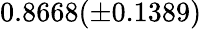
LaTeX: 0.8668(\pm 0.1389)